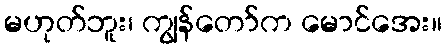
မဟုတ်ဘူး၊ ကျွန်တော်က မောင်အေး။